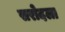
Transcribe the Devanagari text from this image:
सरोदला